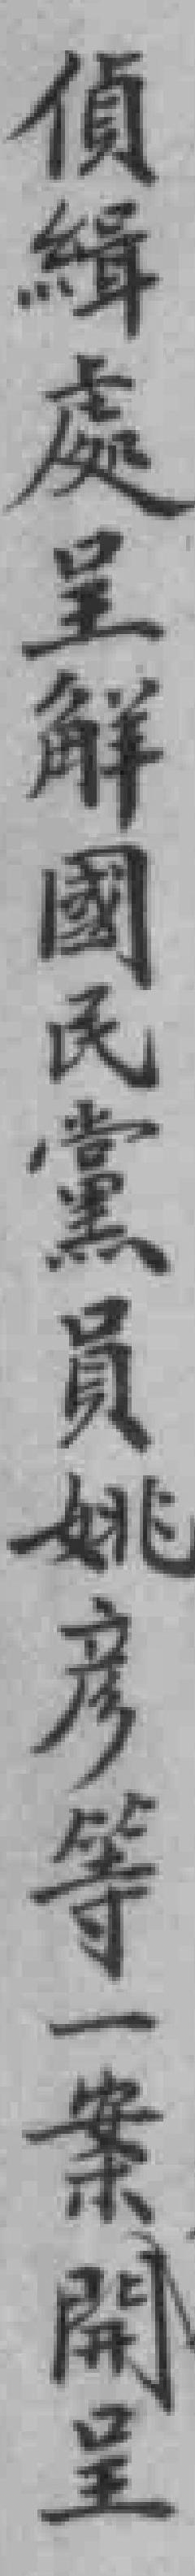
偵緝處呈觧國民黨員姚彥等一案開呈